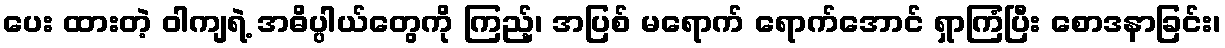
ပေး ထားတဲ့ ဝါကျရဲ့ အဓိပ္ပါယ်တွေကို ကြည့်၊ အပြစ် မရောက် ရောက်အောင် ရှာကြံပြီး စောဒနာခြင်း၊